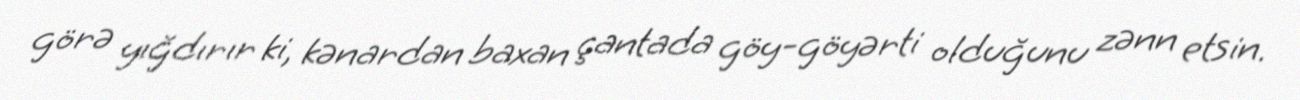
görə yığdırır ki, kənardan baxan çantada göy-göyərti olduğunu zənn etsin.